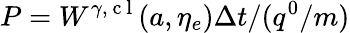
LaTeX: P=W^{\gamma,\mathrm{~c~l~}}(a,\eta_{e})\Delta t/(q^{0}/m)